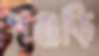
পঞ্জড়ি